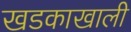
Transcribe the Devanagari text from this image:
खडकाखाली